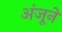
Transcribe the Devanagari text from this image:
अंजूने